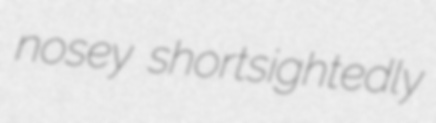
nosey shortsightedly